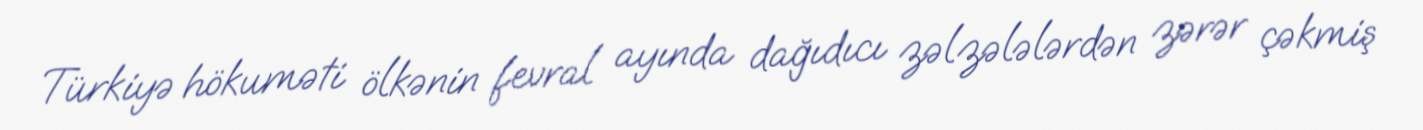
Türkiyə hökuməti ölkənin fevral ayında dağıdıcı zəlzələlərdən zərər çəkmiş